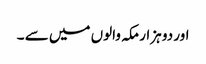
اور دو ہزار مکہ والوں میں سے ۔